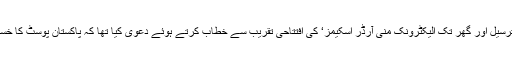
وفاقی وزیرمملکت برائے مواصلاحات مراد سعید نے ’ایک ہی دن پارسل کی ترسیل اور گھر تک الیکٹرونک منی آرڈر اسکیمز‘ کی افتتاحی تقریب سے خطاب کرتے ہوئے دعویٰ کیا تھا کہ پاکستان پوسٹ کا خسارہ ساڑھے جو دس ارب روپے تک پہنچ چکا ہے کو جلد ختم کر دیا جائے گا۔